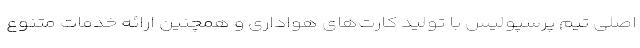
اصلی تیم پرسپولیس با تولید کارت‌های هواداری و همچنین ارائه خدمات متنوع